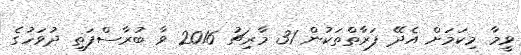
ވީމާ މިކަމަށް އެދޭ ފަރާތްތަކުން 31 މާރިޗު 2016 ވާ ބުރާސްފަތި ދުވަހުގެ